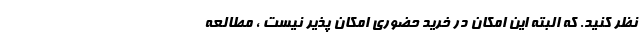
نظر کنید. که البته این امکان در خرید حضوری امکان پذیر نیست ، مطالعه